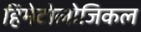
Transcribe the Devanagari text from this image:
हिमेटोलोजिकल